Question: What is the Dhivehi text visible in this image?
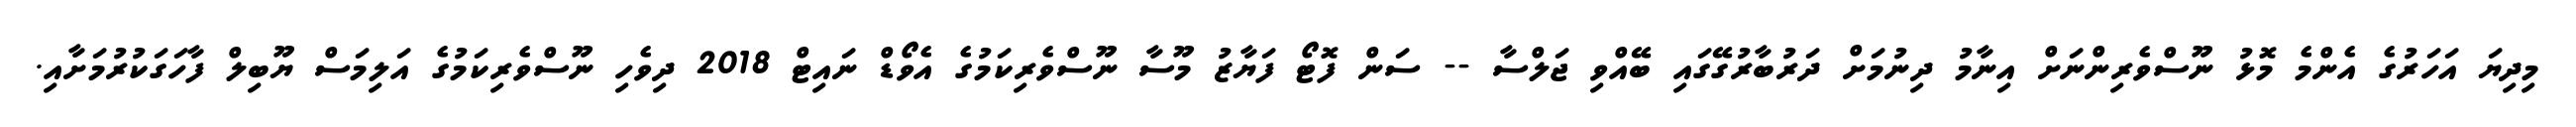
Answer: މިދިޔަ އަހަރުގެ އެންމެ މޮޅު ނޫސްވެރިންނަށް އިނާމު ދިނުމަށް ދަރުބާރުގޭގައި ބޭއްވި ޖަލްސާ -- ސަން ފޮޓޯ ފަޔާޒު މޫސާ ނޫސްވެރިކަމުގެ އެވޯޑް ނައިޓް 2018 ދިވެހި ނޫސްވެރިކަމުގެ އަލިމަސް ޔޫބިލް ފާހަގަކުރުމަށާއި.